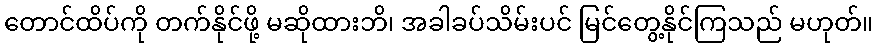
တောင်ထိပ်ကို တက်နိုင်ဖို့ မဆိုထားဘိ၊ အခါခပ်သိမ်းပင် မြင်တွေ့နိုင်ကြသည် မဟုတ်။